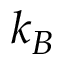
k _ { B }